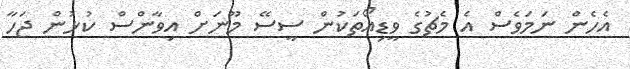
އެހެން ނަމަވެސް އެ މެޗުގެ ވީޑިއޯތަކުން ސީސޭ މޫނަށް އިވާންސް ކުޅުން ޖަހާ